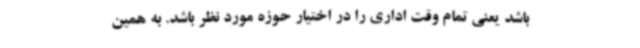
باشد یعنی تمام وقت اداری را در اختیار حوزه مورد نظر باشد. به همین